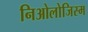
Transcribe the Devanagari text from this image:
निओलोजिस्म